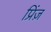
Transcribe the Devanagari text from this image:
प्रिंज़